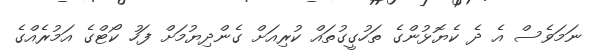
ނަމަވެސް އެ ދެ ކެޔޮޅުންގެ ތަހުގީގުތައް ކުރިއަށް ގެންދިޔުމަށް ފަހު ކޯޓްގެ އަމުރެއްގެ